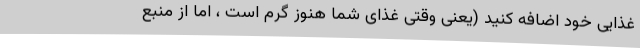
غذایی خود اضافه کنید (یعنی وقتی غذای شما هنوز گرم است ، اما از منبع